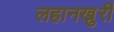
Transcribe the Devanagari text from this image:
लहानखुरी